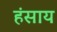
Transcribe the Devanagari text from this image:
हंसाय